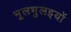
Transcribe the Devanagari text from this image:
भूलभुलइयों